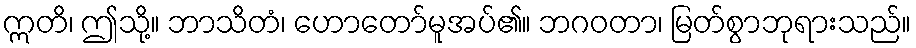
ဣတိ၊ ဤသို့။ ဘာသိတံ၊ ဟောတော်မူအပ်၏။ ဘဂဝတာ၊ မြတ်စွာဘုရားသည်။